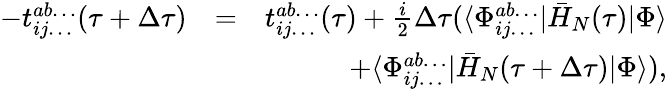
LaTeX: \begin{array}{rlr}{-t_{ij\dots}^{ab\dots}(\tau+\Delta\tau)}&{=}&{t_{ij\dots}^{ab\dots}(\tau)+\frac{i}{2}\Delta\tau(\langle\Phi_{ij\dots}^{ab\dots}|\bar{H}_{N}(\tau)|\Phi\rangle}\\ &{}&{+\langle\Phi_{ij\dots}^{ab\dots}|\bar{H}_{N}(\tau+\Delta\tau)|\Phi\rangle),}\end{array}